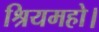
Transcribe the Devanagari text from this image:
श्रियमहो।